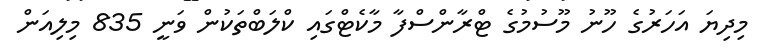
މިދިޔަ އަހަރުގެ ހޫނު މޫސުމުގެ ޓްރާންސްފާ މާކެޓްގައި ކްލަބްތަކުން ވަނީ 835 މިލިއަން